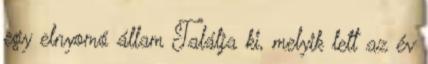
egy elnyomó állam Találja ki, melyik lett az év